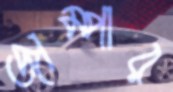
জাম্পার